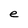
Character: e